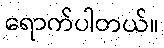
ရောက်ပါတယ်။